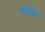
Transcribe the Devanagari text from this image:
बोर्गिन